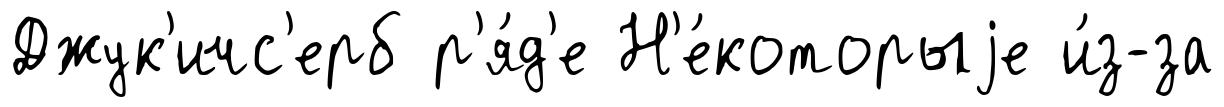
Джук'ичс'ерб р'я́д'е Н'е́которыjе и́з-за